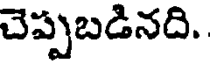
చెప్పబడినది.